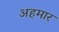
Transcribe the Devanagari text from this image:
अहमार